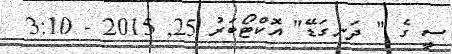
ސީ ގެ " ދަނގަޑޭ" އޮކްޓޯބަރު 25